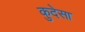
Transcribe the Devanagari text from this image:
कुदेसा